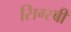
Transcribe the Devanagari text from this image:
सिग्स्बी